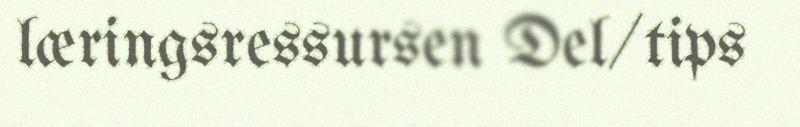
læringsressursen Del/tips